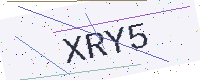
Text: XRY5